Vaccination United Provinces of Agra and Oudh 1914-1922 - 1914-1922
Year: 1914
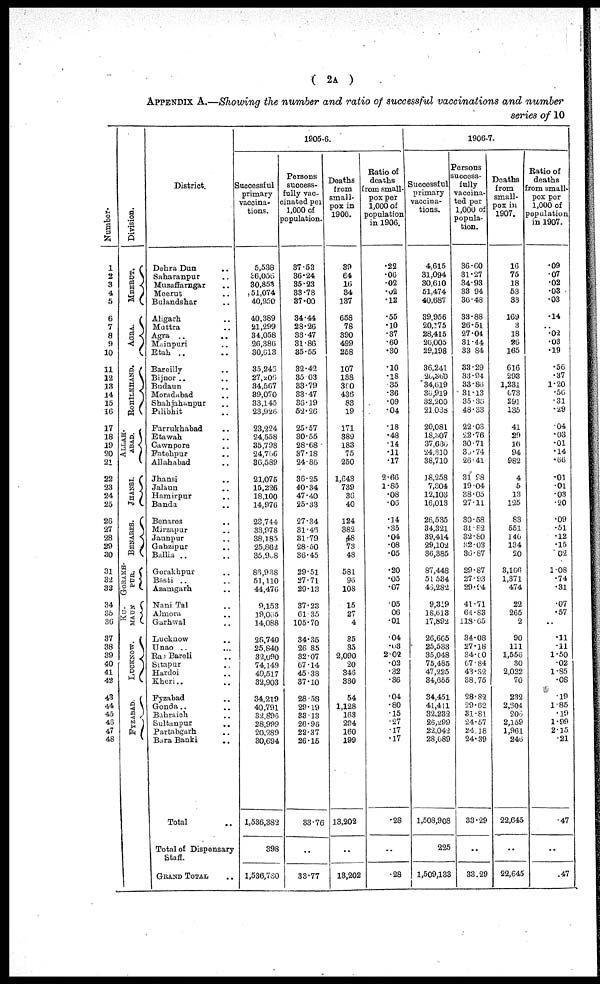
( 2A )
APPENDIX A.—Showing the number and ratio of successful vaccinations and number
series of 10
Number.
1
2
3
4
5
6
7
8
9
10
11
12
13
14
15
16
17
18
19
20
21
22
23
24
25
26
27
28
29
30
31
32
33
34
35
36
37
38
39
40
41
42
43
44
45
46
47
48
Division.
MEERUT.
AGRA.
ROHILKHAND.
ALLAH¬
----.
JHANSI.
BENARES.
GORAKH¬
PUR.
KU¬
MAUN
LUCKNOW.
FYZABAD.
District.
Dehra Dun ...
Saharanpur ...
Muzaffarngar ...
Meerut ...
Bulandshar ...
Aligarh ...
Muttra ...
Agra ... ...
Mainpuri ...
Etah ... ...
Bareilly ...
Bijnor ... ...
Budaun ...
Moradabad ...
Shahjahanpur ...
Pilibhit ...
Farrukhabad ...
Etawah ...
Cawnpore ...
Fatehpur ...
Allahabad ...
Jhansi ...
Jalaun ...
Hamirpur ...
Banda ...
Benares ...
Mirzapur ...
Jaunpur ...
Gahzipur ...
Ballia ...
Gorakhpur ...
Basti ...
Azamgarh ...
Nani Tal ...
Almora ...
Garhwal ...
Lucknow ...
Unao ...
Rae Bareli ...
Sitapur ...
Hardoi ...
Kheri ... ...
Fyzabad ...
Gonda ...
Bahraich ...
Sultanpur ...
Partabgarh ...
Bara Banki ...
Total ...
Total of Dispensary
Staff.
GRAND TOTAL ...
1905-6.
Successful
primary
vaccina-
tions.
5,538
36,056
30,853
51,074
40,950
40,389
21,299
34,058
26,386
30,613
35,246
27,206
34,567
39,070
33,145
23,926
23,224
24,558
35,798
24,766
36,589
21,075
15,226
18,100
14,976
23,744
33,978
38,185
25,862
35,908
86,938
51,110
44,476
9,153
19,055
14,088
26,740
25,840
32,090
74,149
49,517
32,903
34,219
40,791
32,896
28,999
20,289
30,694
1,536,382
398
1,536,780
Persons
success¬
fully vac-
cinated per
1,000 of
population.
37.53
36.24
35.23
33.78
37.00
34.44
28.26
33.47
31.86
35.55
32.42
35.03
33.79
33.47
36.19
52.26
25.57
30.55
28.68
37.18
24.86
36.25
40.34
47.40
25.33
27.34
31.46
31.79
28.50
36.45
29.51
27.71
29.13
37.23
61.35
105.70
34.35
26.35
32.07
67.14
45.38
37.10
28.58
29.19
33.13
26.96
22.37
26.15
33.76
...
33.77
Deaths
from
small-
pox in
1906.
39
64
16
34
137
658
78
390
499
258
107
138
360
436
83
19
171
389
183
75
250
1,643
739
36
40
124
382
48
73
48
581
96
108
15
27
4
35
35
2,090
20
346
330
54
1,128
163
294
160
199
13,202
...
13,202
Ratio of
deaths
from small-
pox per
1,000 of
population
in 1906.
.22
.06
.02
.02
.12
.55
.10
.37
.60
.30
.10
.18
.35
.36
.09
.04
.18
.48
.14
.11
.17
2.66
1.85
.08
.06
.14
.35
.04
.08
.05
.20
.05
.07
.05
.06
.01
.04
.08
2.02
.02
.32
.36
.04
.80
.15
.27
.17
.17
.28
...
.28
1906-7.
Successful
primary
vaccina-
tions.
4,615
31,094
30,610
51,474
40,687
39,956
20,175
28,415
26,005
29,198
36,241
20,360
34,619
30,919
32,200
21,038
20,081
18,307
37,636
24,310
38,710
18,258
7,304
12,103
16,013
26,535
34,321
39,414
29,102
36,385
87,448
51,534
46,282
9,319
18,613
17,892
26,665
25,533
35,048
75,485
47,225
34,655
34,451
41,411
32,232
26,299
22,042
28,689
1,508,908
225
1,509,133
Persons
success-
fully
vaccina-
ted per
1,000 of
popula-
tion.
36.60
31.27
34.93
33.94
36.48
33.88
26.51
27.04
31.44
33.84
33.29
33.94
33.86
31.13
35.36
48.33
22.03
22.76
30.71
36.74
26.41
31.98
19.04
38.05
27.11
30.58
31.82
32.80
52.03
36.87
29.87
27.93
29.94
41.71
64.83
118.65
34.08
27.18
34.00
67.84
43.32
38.75
28.82
29.62
31.81
24.57
24.18
24.39
33.29
...
33.29
Deaths
from
small-
pox in
1907.
16
75
18
53
33
169
3
18
26
165
616
293
1,231
673
291
135
41
29
16
94
982
4
5
13
125
83
551
140
134
20
3,166
1,371
474
22
265
2
90
111
1,556
30
2,022
70
232
2,604
206
2,159
1,961
246
22,645
...
22,645
Ratio of
deaths
from small-
pox per
1,000 of
population
in 1907.
.09
.07
.02
.03
.03
.14
...
.02
.03
.19
.56
.37
1.20
.56
.31
.29
.04
.03
.01
.14
.66
.01
.01
.03
.20
.09
.51
.12
.15
.02
1.08
.74
.31
.07
.57
...
.11
.11
1.50
.02
1.85
.08
.19
1.85
.19
1.99
2.15
.21
.47
...
.47